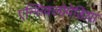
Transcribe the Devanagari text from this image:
एन्सिक्लोपेडिया